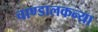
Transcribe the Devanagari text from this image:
चाण्डालकन्या